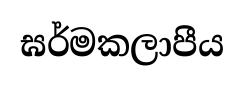
ඝර්මකලාපීය